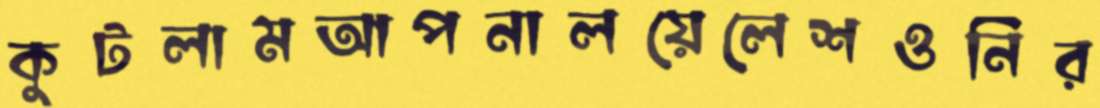
কুটলামআপনালয়েলেশওনির